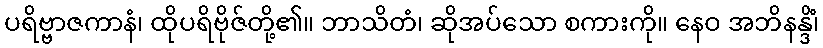
ပရိဗ္ဗာဇကာနံ၊ ထိုပရိဗိုဇ်တို့၏။ ဘာသိတံ၊ ဆိုအပ်သော စကားကို။ နေဝ အဘိနန္ဒိံ၊